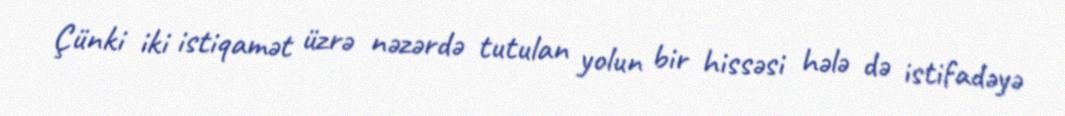
Çünki iki istiqamət üzrə nəzərdə tutulan yolun bir hissəsi hələ də istifadəyə